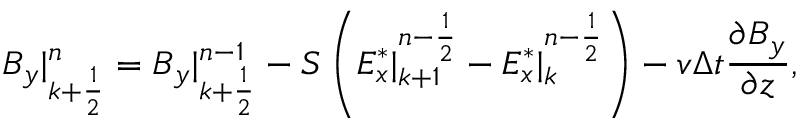
B _ { y } | _ { k + \frac { 1 } { 2 } } ^ { n } = B _ { y } | _ { k + \frac { 1 } { 2 } } ^ { n - 1 } - S \left( E _ { x } ^ { * } | _ { k + 1 } ^ { n - \frac { 1 } { 2 } } - E _ { x } ^ { * } | _ { k } ^ { n - \frac { 1 } { 2 } } \right) - v \Delta t \frac { \partial B _ { y } } { \partial z } ,